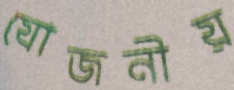
যোজনীয়